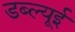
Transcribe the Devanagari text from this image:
डब्ल्यूई